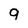
Character: 9